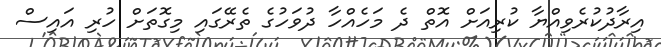
އިރާދުކުރެވިއްޔާ ކުރިއަށް އޮތް ދެ މަހެއްހާ ދުވަހުގެ ތެރޭގައި މިގޮތަށް ހުރި އައިސް